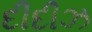
દીદીઝ